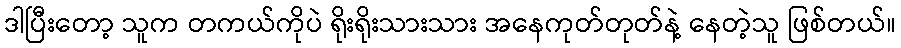
ဒါပြီးတော့ သူက တကယ်ကိုပဲ ရိုးရိုးသားသား အနေကုတ်တုတ်နဲ့ နေတဲ့သူ ဖြစ်တယ်။